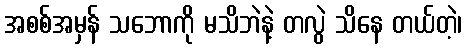
အစစ်အမှန် သဘောကို မသိဘဲနဲ့ တလွဲ သိနေ တယ်တဲ့၊